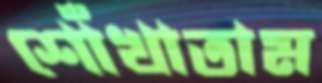
শোঁখাতাম